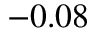
- 0 . 0 8